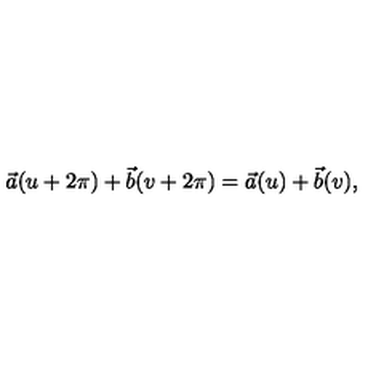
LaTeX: \vec { a } ( u + 2 \pi ) + \vec { b } ( v + 2 \pi ) = \vec { a } ( u ) + \vec { b } ( v ) ,